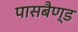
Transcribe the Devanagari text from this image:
पासबैण्ड